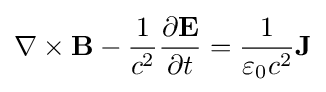
\nabla \times \mathbf {B} -{\frac {1}{c^{2}}}{\frac {\partial \mathbf {E} }{\partial t}}={\frac {1}{\varepsilon _{0}c^{2}}}\mathbf {J}